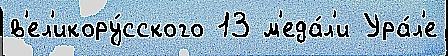
в'ел'икору́сского 13 м'еда́л'и Ура́л'е